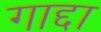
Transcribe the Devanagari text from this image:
गाद्दा